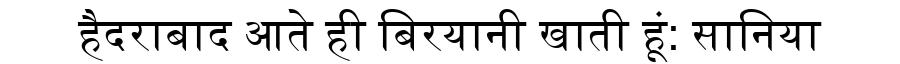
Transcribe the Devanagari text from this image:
हैदराबाद आते ही बिरयानी खाती हूं: सानिया